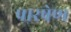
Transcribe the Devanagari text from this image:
पारषेण